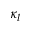
\kappa _ { l }